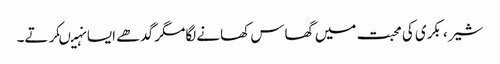
شیر ، بکری کی محبت میں گھاس کھانے لگامگر گدھے ایسا نہیںکرتے۔